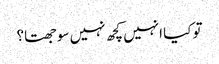
تو کیا انہیں کچھ نہیں سوجھتا؟